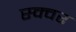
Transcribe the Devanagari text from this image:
स्क्वर